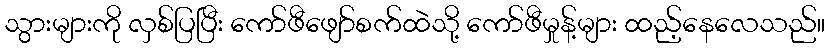
သွားများကို လှစ်ပြပြီး ကော်ဖီဖျော်စက်ထဲသို့ ကော်ဖီမှုန့်များ ထည့်နေလေသည်။